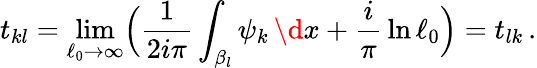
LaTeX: t_{kl}=\operatorname*{lim}_{\ell_{0}\rightarrow\infty}\Bigl({\frac{1}{2i\pi}}\int_{\beta_{l}}\psi_{k}\, \d x+{\frac{i}{\pi}}\ln\ell_{0}\Bigr)=t_{lk}\, .